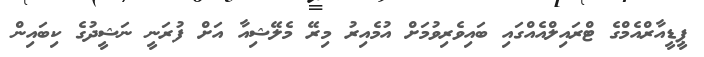
ޕީޑީއާރްއެމްގެ ޓްރައިލްއެއްގައި ބައިވެރިވުމަށް އުމެއިރު މިރޭ މެލޭޝިއާ އަށް ފުރަނީ ނަޝީދުގެ ކިބައިން